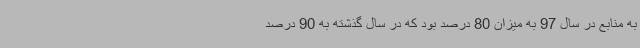
به منابع در سال 97 به میزان 80 درصد بود که در سال گذشته به 90 درصد